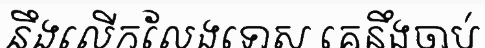
នឹងលើកលែងទោស គេនឹងចាប់